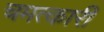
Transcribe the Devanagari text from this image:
चमत्‍कारी